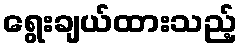
ရွေးချယ်ထားသည့်